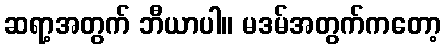
ဆရာ့အတွက် ဘီယာပါ။ မဒမ်အတွက်ကတော့